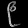
Digit: ၉